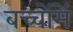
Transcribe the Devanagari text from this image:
बच्‍चोंमें